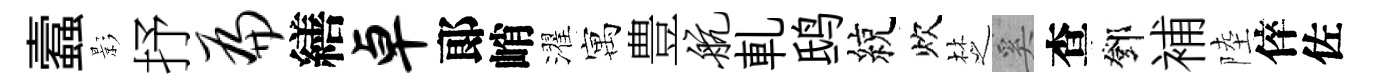
蠧影抒扁繕卓郞峭濯寓豊航軋鸱綂炊椘奚查鄧補陸倅佐